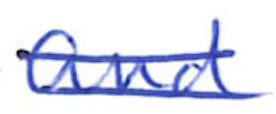
Text: and
Cross-out: double-line
Writing tool: ballpoint